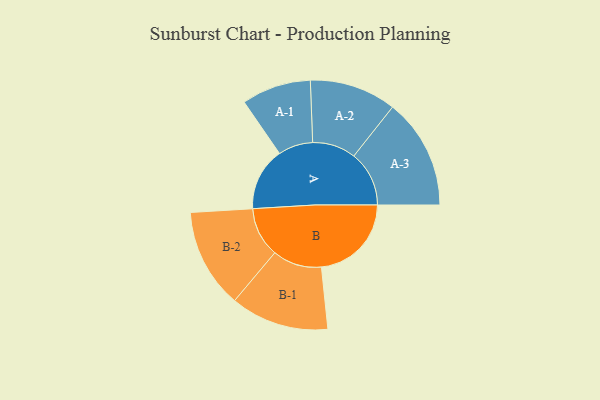
{"axis": {"x": "Segment", "y": "Value"}, "legend": ["", "A", "B"], "data": [{"x": "A", "y": 334, "type": ""}, {"x": "B", "y": 477, "type": ""}, {"x": "A-1", "y": 184, "type": "A"}, {"x": "A-2", "y": 230, "type": "A"}, {"x": "A-3", "y": 293, "type": "A"}, {"x": "B-1", "y": 261, "type": "B"}, {"x": "B-2", "y": 264, "type": "B"}]}